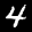
Label: 4